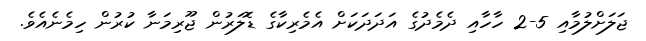
ޖަލަށްލުމާއި 5-2 ހާހާއި ދެެމެދުގެ އަދަދަކަށް އެމެރިކާގެ ޑޮލަރުން ޖޫރިމަނާ ކުރުން ހިމެނެއެވެ.